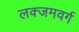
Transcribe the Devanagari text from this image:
लक्जमवर्ग